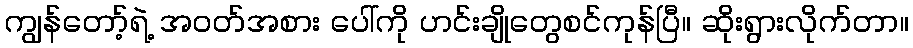
ကျွန်တော့်ရဲ့ အဝတ်အစား ပေါ်ကို ဟင်းချိုတွေစင်ကုန်ပြီ။ ဆိုးရွားလိုက်တာ။